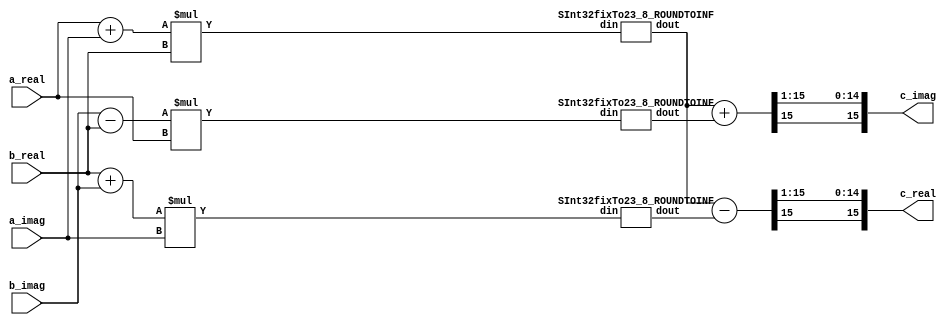
// Generator : SpinalHDL v1.4.1    git head : 99d6d471af204b6d7d9f63fae58757e9d3c7b944
// Component : HComplexMul



module HComplexMul (
  input      [15:0]   a_real,
  input      [15:0]   a_imag,
  input      [15:0]   b_real,
  input      [15:0]   b_imag,
  output     [15:0]   c_real,
  output     [15:0]   c_imag
);
  wire       [31:0]   _zz_3;
  wire       [31:0]   _zz_4;
  wire       [31:0]   _zz_5;
  wire       [15:0]   fixTo_dout;
  wire       [15:0]   fixTo_1_dout;
  wire       [15:0]   fixTo_2_dout;
  wire       [15:0]   _zz_6;
  wire       [15:0]   _zz_7;
  wire       [15:0]   _zz_8;
  wire       [15:0]   _zz_9;
  wire       [15:0]   _zz_10;
  wire       [15:0]   _zz_11;
  wire       [15:0]   _zz_12;
  wire       [15:0]   _zz_13;
  wire       [15:0]   _zz_14;
  wire       [15:0]   _zz_15;
  wire       [15:0]   _zz_16;
  wire       [15:0]   _zz_17;
  wire       [15:0]   _zz_18;
  wire       [15:0]   _zz_19;
  wire       [15:0]   _zz_20;
  wire       [15:0]   _zz_21;
  wire       [15:0]   _zz_1;
  wire       [0:0]    _zz_2;

  assign _zz_6 = ($signed(a_real) + $signed(a_imag));
  assign _zz_7 = fixTo_dout;
  assign _zz_8 = ($signed(b_imag) - $signed(b_real));
  assign _zz_9 = ($signed(b_real) + $signed(b_imag));
  assign _zz_10 = _zz_11;
  assign _zz_11 = ($signed(_zz_12) >>> _zz_2);
  assign _zz_12 = _zz_13;
  assign _zz_13 = ($signed(_zz_1) - $signed(_zz_14));
  assign _zz_14 = _zz_15[15 : 0];
  assign _zz_15 = fixTo_2_dout;
  assign _zz_16 = _zz_17;
  assign _zz_17 = ($signed(_zz_18) >>> _zz_2);
  assign _zz_18 = _zz_19;
  assign _zz_19 = ($signed(_zz_1) + $signed(_zz_20));
  assign _zz_20 = _zz_21[15 : 0];
  assign _zz_21 = fixTo_1_dout;
  SInt32fixTo23_8_ROUNDTOINF fixTo (
    .din     (_zz_3[31:0]       ), //i
    .dout    (fixTo_dout[15:0]  )  //o
  );
  SInt32fixTo23_8_ROUNDTOINF fixTo_1 (
    .din     (_zz_4[31:0]         ), //i
    .dout    (fixTo_1_dout[15:0]  )  //o
  );
  SInt32fixTo23_8_ROUNDTOINF fixTo_2 (
    .din     (_zz_5[31:0]         ), //i
    .dout    (fixTo_2_dout[15:0]  )  //o
  );
  assign _zz_3 = ($signed(_zz_6) * $signed(b_real));
  assign _zz_1 = _zz_7[15 : 0];
  assign _zz_4 = ($signed(_zz_8) * $signed(a_real));
  assign _zz_5 = ($signed(_zz_9) * $signed(a_imag));
  assign _zz_2 = 1'b1;
  assign c_real = _zz_10[15 : 0];
  assign c_imag = _zz_16[15 : 0];

endmodule

//SInt32fixTo23_8_ROUNDTOINF replaced by SInt32fixTo23_8_ROUNDTOINF

//SInt32fixTo23_8_ROUNDTOINF replaced by SInt32fixTo23_8_ROUNDTOINF

module SInt32fixTo23_8_ROUNDTOINF (
  input      [31:0]   din,
  output     [15:0]   dout
);
  wire       [32:0]   _zz_9;
  wire       [32:0]   _zz_10;
  wire       [7:0]    _zz_11;
  wire       [24:0]   _zz_12;
  wire       [24:0]   _zz_13;
  wire       [32:0]   _zz_14;
  wire       [32:0]   _zz_15;
  wire       [32:0]   _zz_16;
  wire       [9:0]    _zz_17;
  wire       [8:0]    _zz_18;
  reg        [24:0]   _zz_1;
  wire       [31:0]   _zz_2;
  wire       [31:0]   _zz_3;
  wire       [31:0]   _zz_4;
  wire       [32:0]   _zz_5;
  wire       [31:0]   _zz_6;
  reg        [24:0]   _zz_7;
  reg        [15:0]   _zz_8;

  assign _zz_9 = {_zz_4[31],_zz_4};
  assign _zz_10 = {_zz_3[31],_zz_3};
  assign _zz_11 = _zz_5[7 : 0];
  assign _zz_12 = _zz_5[32 : 8];
  assign _zz_13 = 25'h0000001;
  assign _zz_14 = ($signed(_zz_15) + $signed(_zz_16));
  assign _zz_15 = {_zz_6[31],_zz_6};
  assign _zz_16 = {_zz_2[31],_zz_2};
  assign _zz_17 = _zz_1[24 : 15];
  assign _zz_18 = _zz_1[23 : 15];
  assign _zz_2 = {{24'h0,1'b1},7'h0};
  assign _zz_3 = {25'h1ffffff,7'h0};
  assign _zz_4 = din[31 : 0];
  assign _zz_5 = ($signed(_zz_9) + $signed(_zz_10));
  assign _zz_6 = din[31 : 0];
  always @ (*) begin
    if((_zz_11 != 8'h0))begin
      _zz_7 = ($signed(_zz_12) + $signed(_zz_13));
    end else begin
      _zz_7 = _zz_5[32 : 8];
    end
  end

  always @ (*) begin
    if(_zz_5[32])begin
      _zz_1 = _zz_7;
    end else begin
      _zz_1 = (_zz_14 >>> 8);
    end
  end

  always @ (*) begin
    if(_zz_1[24])begin
      if((! (_zz_17 == 10'h3ff)))begin
        _zz_8 = 16'h8000;
      end else begin
        _zz_8 = _zz_1[15 : 0];
      end
    end else begin
      if((_zz_18 != 9'h0))begin
        _zz_8 = 16'h7fff;
      end else begin
        _zz_8 = _zz_1[15 : 0];
      end
    end
  end

  assign dout = _zz_8;

endmodule